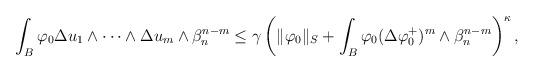
LaTeX: \begin{align*}\begin{aligned}\int_B\varphi_0 \Delta u_1\wedge\dots\wedge\Delta u_m\wedge\beta_n^{n-m}\leq \gamma\left(\|\varphi_0\|_S+\int_B \varphi_0(\Delta \varphi_0^{+})^m\wedge\beta_n^{n-m}\right)^\kappa,\end{aligned}\end{align*}